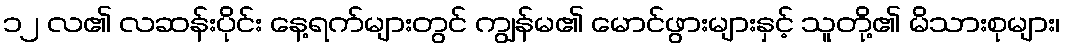
၁၂ လ၏ လဆန်းပိုင်း နေ့ရက်များတွင် ကျွန်မ၏ မောင်ဖွားများနှင့် သူတို့၏ မိသားစုများ၊